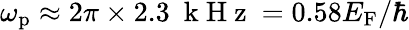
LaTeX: \omega_{\mathrm{p}}\approx 2\pi\times 2.3~\mathrm{~k~H~z~}=0.58E_{\mathrm{F}}/\hbar